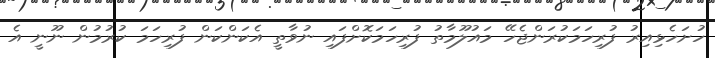
ހުށަހެޅިއިރު ފުރިހަަމަކުރަންޖެހޭ މައުލޫމާތު ފުރިހަަމަކޮށްފައި ނުވާތީ އެކަންކަން ފުރިހަމަ ކުރުމުން ނޫނީ އެ